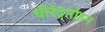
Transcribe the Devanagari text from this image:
धीरेंद्रमोहन